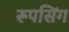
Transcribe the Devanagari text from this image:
रूपसिंग